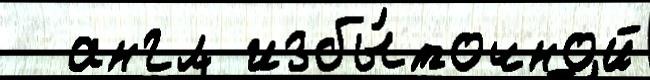
  англ избы́точной